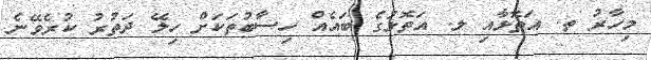
މިހާރު ތ. އަތޮޅާއި ލ. އަތޮޅުގެ ބައެއް ހިސާބުތަކަށް ހިލޭ ދަތުރު ކުރެވޭނެ